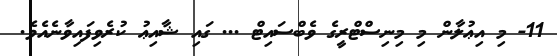
11- މި އިޢުލާން މި މިނިސްޓްރީގެ ވެބްސައިޓް ... ގައި ޝާއިޢު ކުރެވިފައިވާނެއެވެ.